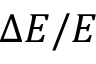
\Delta E / E